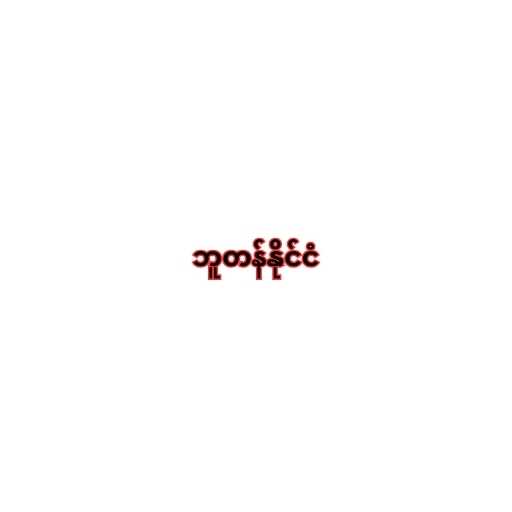
ဘူတန်နိုင်ငံ